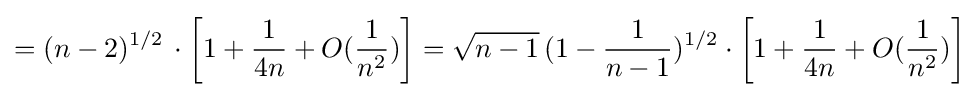
=(n-2)^{1/2}\,\cdot \left[1+{\frac {1}{4n}}+O({\frac {1}{n^{2}}})\right]={\sqrt {n-1}}\,(1-{\frac {1}{n-1}})^{1/2}\cdot \left[1+{\frac {1}{4n}}+O({\frac {1}{n^{2}}})\right]